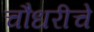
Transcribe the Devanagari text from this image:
चौधरीचे